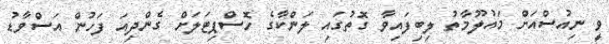
ވީ ނިއުސްއަށް މައުލޫމާތު ލިބިފައިވާ ގޮތުގައި ލަންކާގެ ހޮސްޕިޓަލަށް ގެންދިއަ ފަހުން އަސްވާޑު